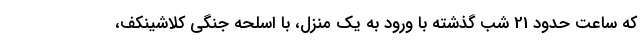
که ساعت حدود 21 شب گذشته با ورود به یک منزل، با اسلحه جنگی کلاشینکف،